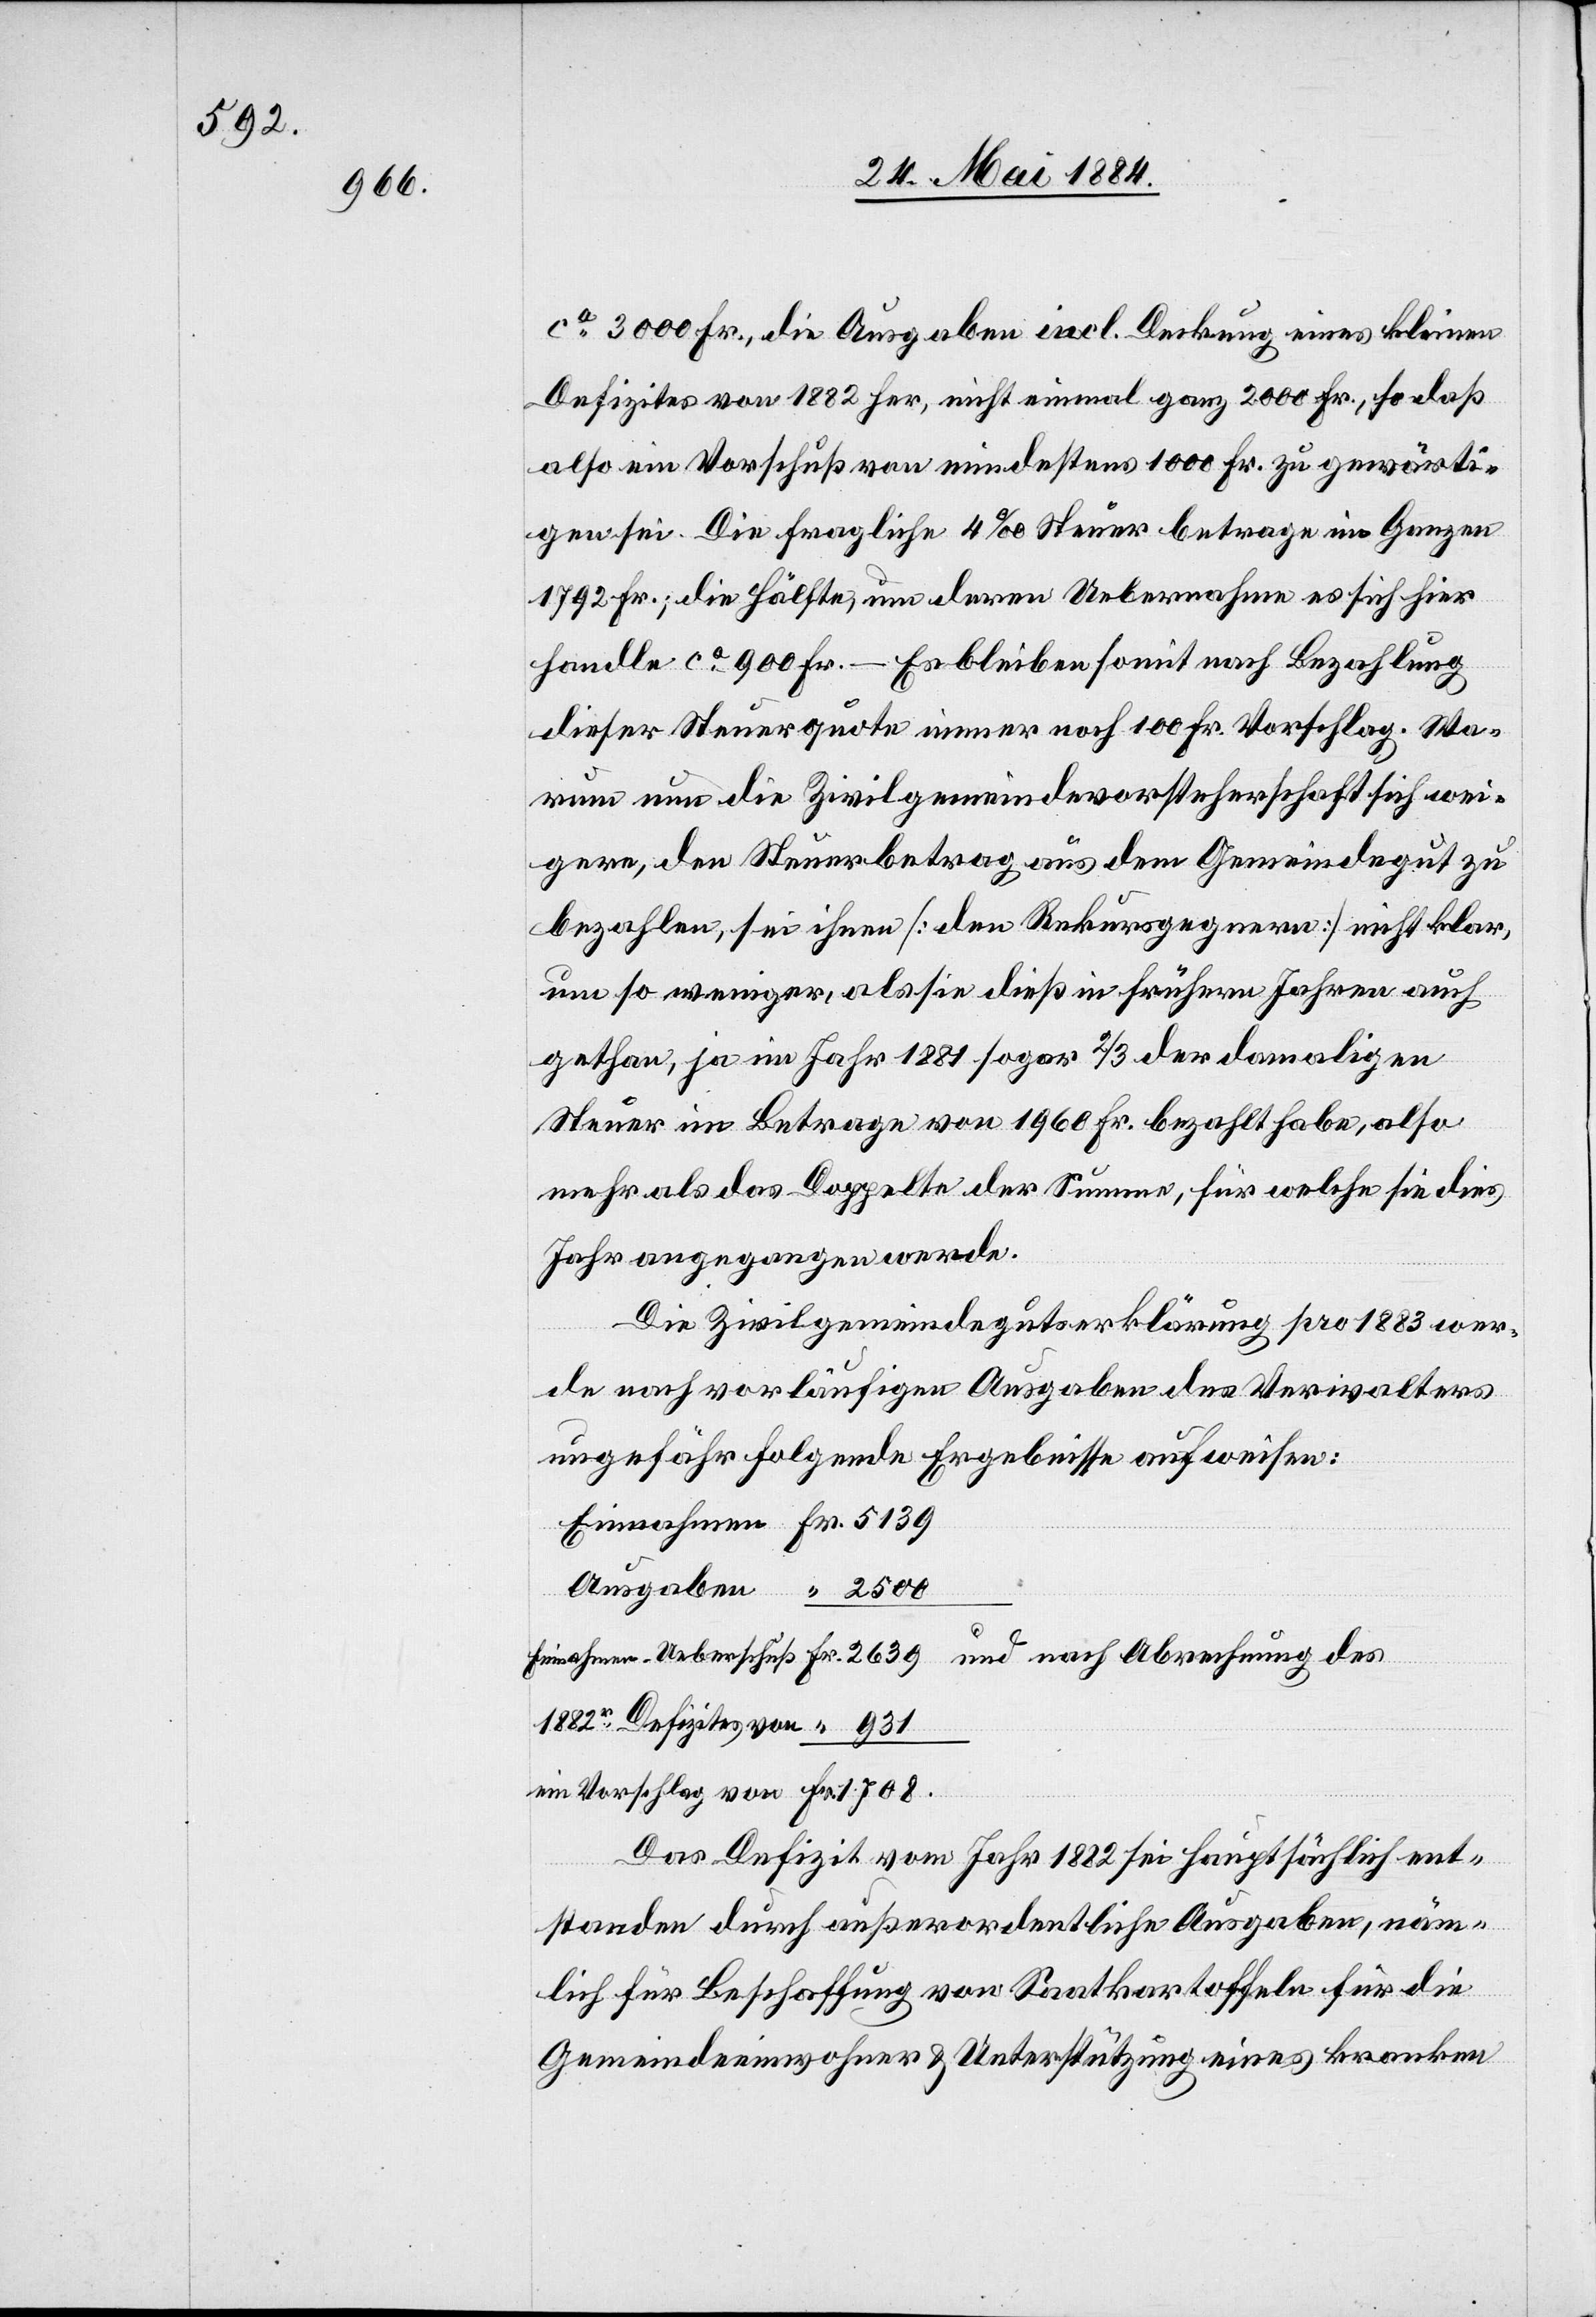
ca 3000 Fr., die Ausgaben incl. Deckung eines kleinen
Defizites von 1882 her, nicht einmal ganz 2000 Fr., so daß
also ein Vorschuß von mindestens 1000 Fr. zu gewärti¬
gen sei. Die fragliche 4‰ Steuer betrage im Ganzen
1792 Fr., die Hälfte, um deren Uebernahme es sich hier
handle ca 900 Fr. – Es bleiben somit nach Bezahlung
dieser Steuerquote immer noch 100 Fr. Vorschlag. Wa¬
rum nun die Zivilgemeindevorsteherschaft sich wei¬
gere, den Steuerbetrag aus dem Gemeindegut zu
bezahlen, sei ihnen [den Rekursgegnern] nicht klar,
um so weniger, als sie dieß in frühern Jahren auch
gethan, ja im Jahr 1881 sogar 2/3 der damaligen
Steuer im Betrage von 1960 Fr. bezahlt habe, also
mehr als das Doppelte der Summe, für welche sie dies
Jahr angegangen werde.
Die Zivilgemeindegutserklärung pro 1883 wer¬
de nach vorläufigen Ausgaben des Verwalters
ungefähr folgende Ergebnisse aufweisen:
Das Defizit vom Jahr 1882 sei hauptsächlich ent¬
standen durch außerdordentliche Ausgaben, näm¬
lich für Beschaffung von Saatkartoffeln für die
Gemeindeeinwohner & Unterstützung eines kranken